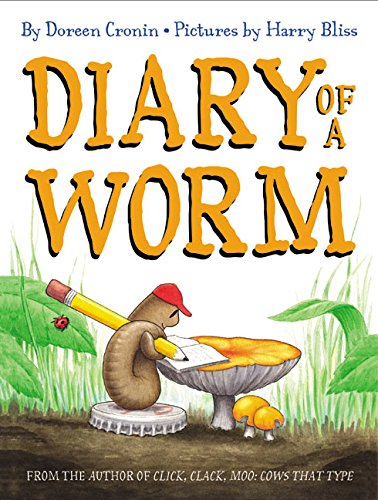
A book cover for Diary of a Worm; Doreen Cronin; Children's Books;